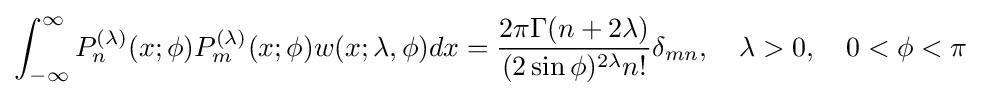
\int _{-\infty }^{\infty }P_{n}^{(\lambda )}(x;\phi )P_{m}^{(\lambda )}(x;\phi )w(x;\lambda ,\phi )dx={\frac {2\pi \Gamma (n+2\lambda )}{(2\sin \phi )^{2\lambda }n!}}\delta _{mn},\quad \lambda >0,\quad 0<\phi <\pi